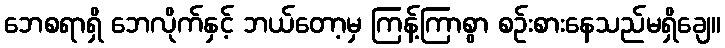
ဘေစရာရှိ ဘေလိုက်နှင့် ဘယ်တော့မှ ကြန့်ကြာစွာ စဉ်းစားနေသည်မရှိချေ။